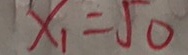
x _ { 1 } = 5 0